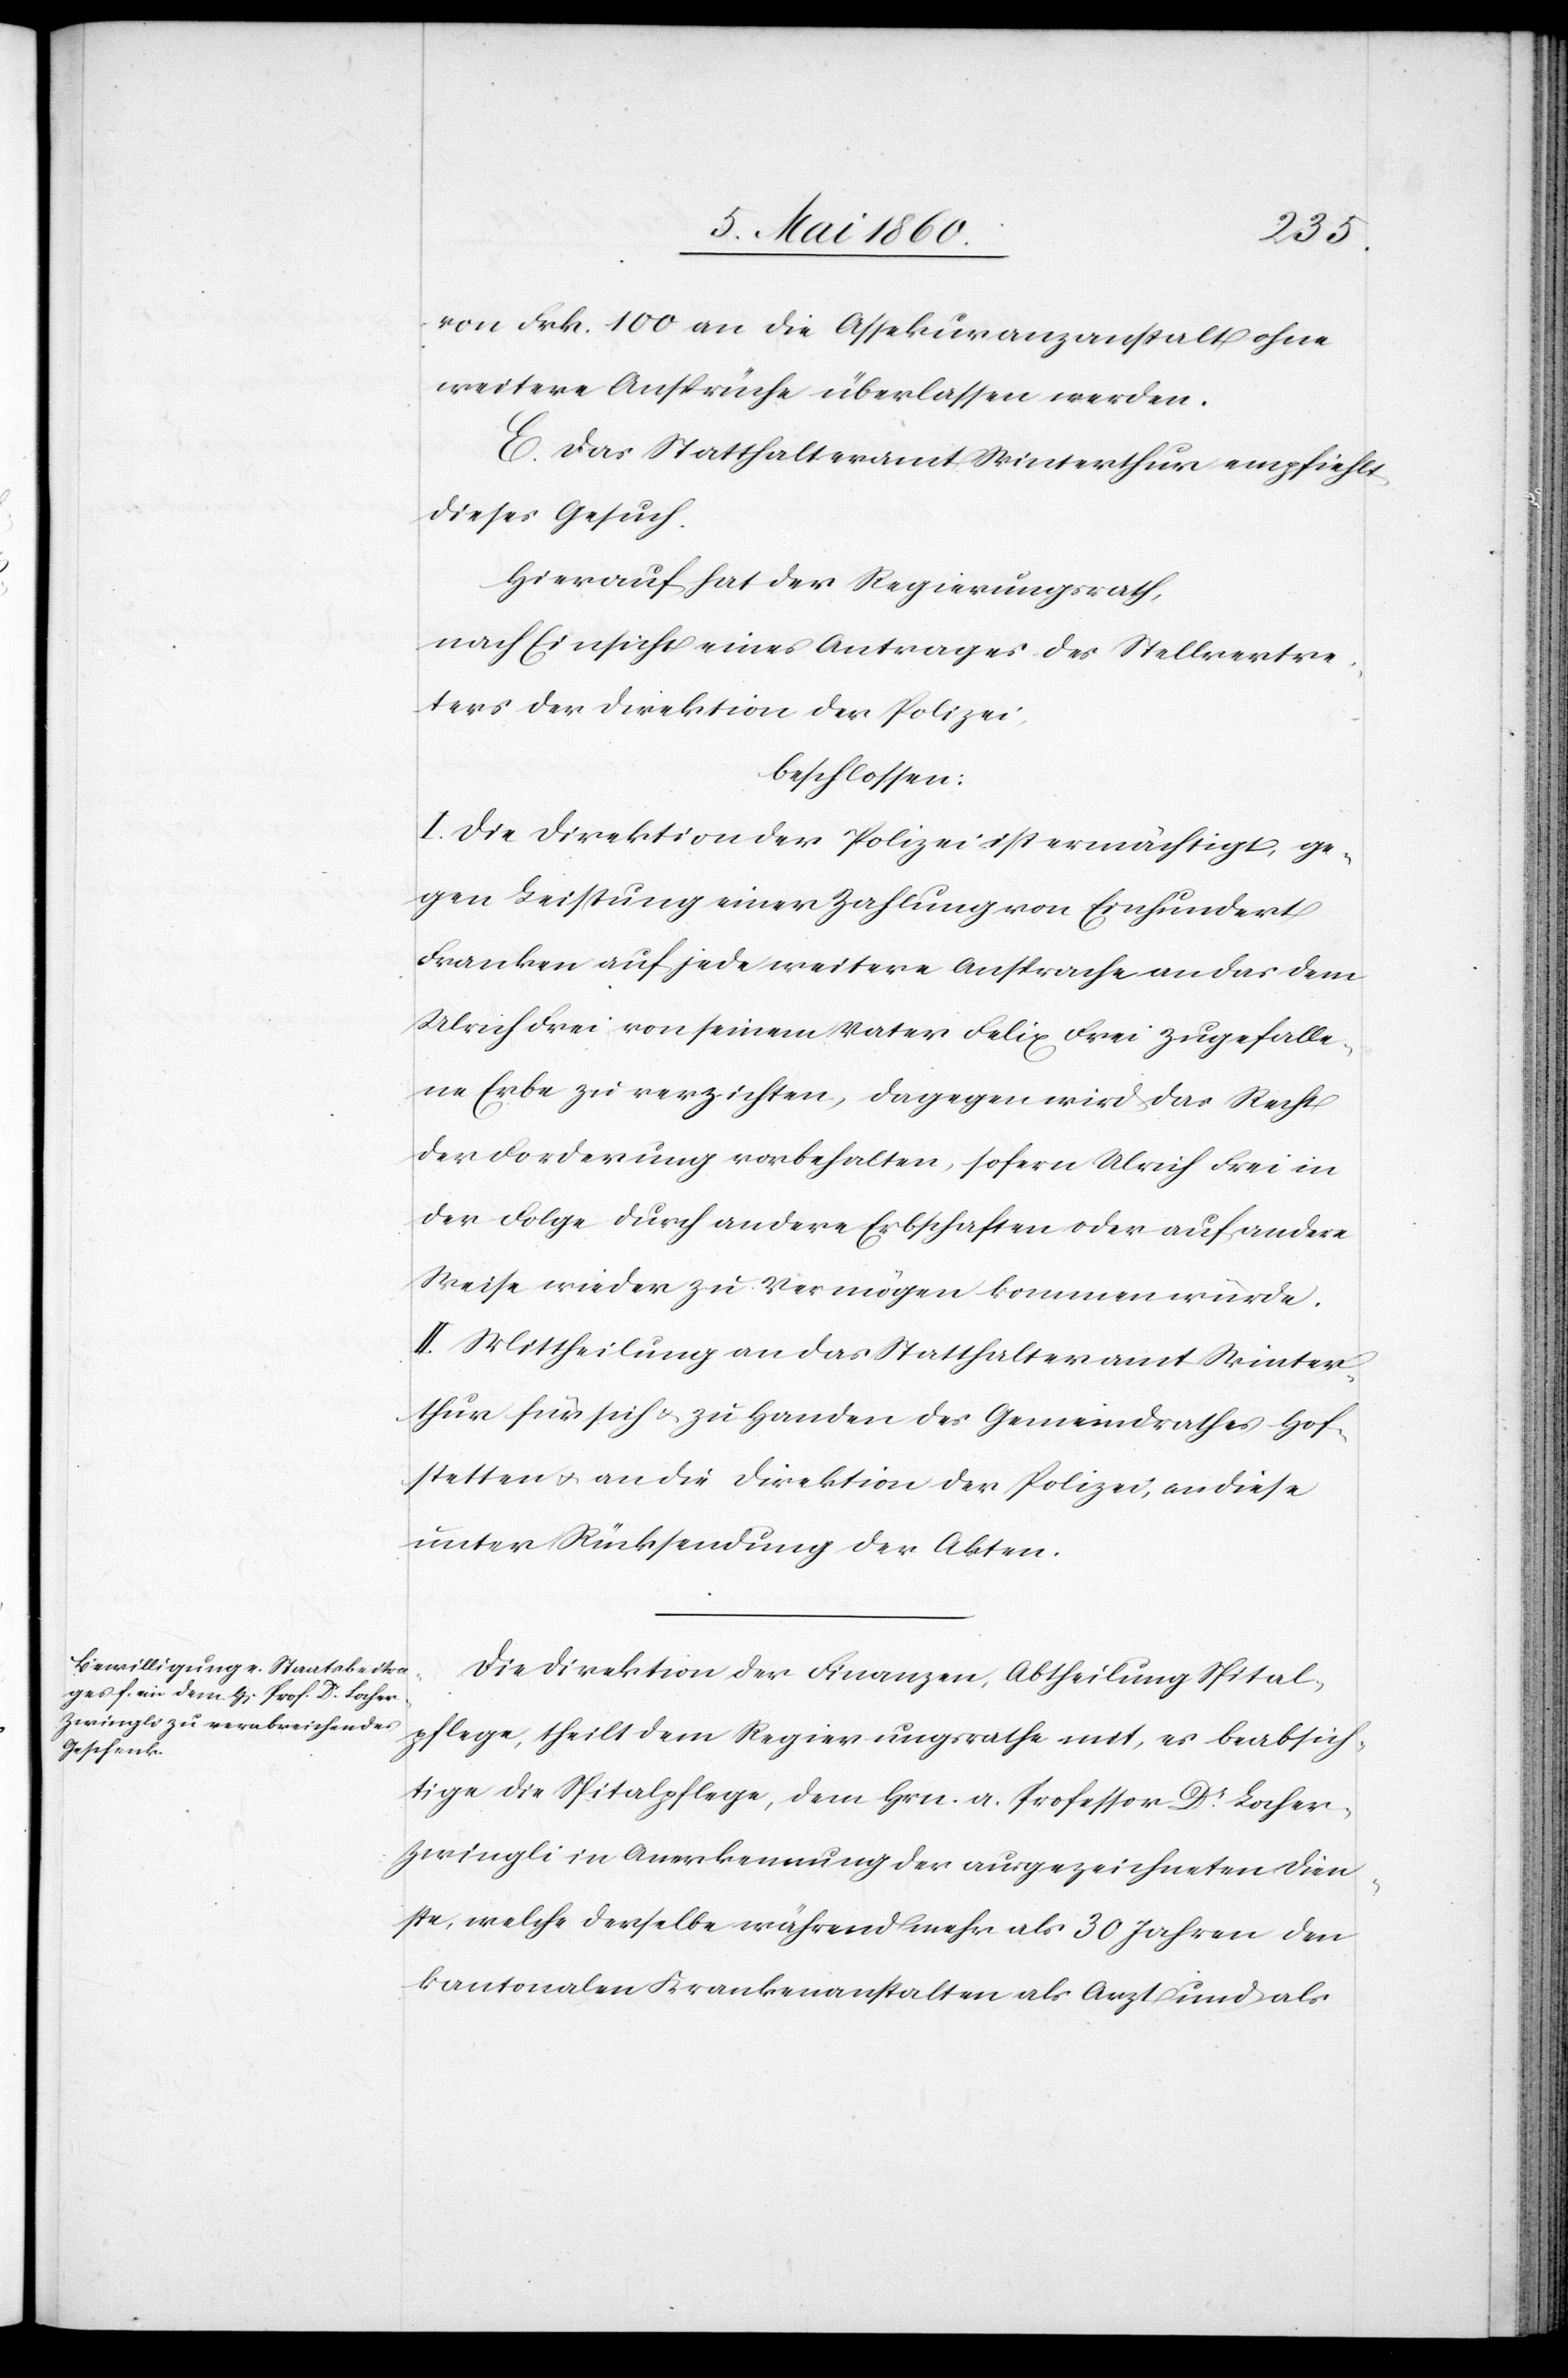
von Frk. 100 an die Assekuranzanstalt ohne
weitere Ansprüche überlassen werden.
E. Das Statthalteramt Winterthur empfiehlt
dieses Gesuch.
Hierauf hat der Regierungsrath,
nach Einsicht eines Antrages des Stellvertre¬
ters der Direktion der Polizei,
beschlossen:
I. Die Direktion der Polizei ist ermächtigt, ge¬
gen Leistung einer Zahlung von Einhundert
Franken auf jede weitere Ansprache an das dem
Ulrich Frei von seinem Vater Felix Frei zugefalle¬
ne Erbe zu verzichten, dagegen wird das Recht
der Forderung vorbehalten, sofern Ulrich Frei in
der Folge durch andere Erbschaften oder auf andere
Weise wieder zu Vermögen kommen würde.
II. Mittheilung an das Statthalteramt Winter¬
thur für sich u. zu Handen des Gemeindrathes Hof¬
stetten u. an die Direktion der Polizei, an diese
unter Rücksendung der Akten.
Die Direktion der Finanzen, Abtheilung Spital¬
pflege, theilt dem Regierungsrathe mit, es beabsich¬
tige die Spitalpflege, dem Hrn a. Professor Dr Locher-Z¬
wingli in Anerkennung der ausgezeichneten Dien¬
ste, welche derselbe während mehr als 30 Jahren den
kantonalen Krankenanstalten als Arzt und als